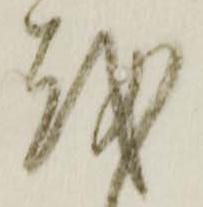
越